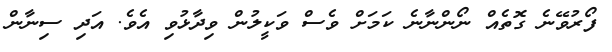
ފޯރުވޭނެ ގޮތެއް ނޯންނާނެ ކަމަށް ވެސް ވަކީލުން ވިދާޅުވި އެވެ. އަދި ސިނާން